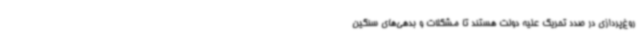
روغ‌پردازی در صدد تحریک علیه دولت هستند تا مشکلات و بدهی‌های سنگین